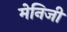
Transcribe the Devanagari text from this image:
मेनिजी